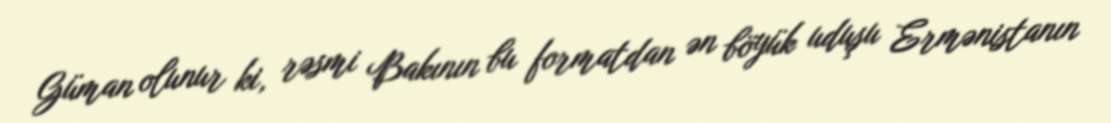
Güman olunur ki, rəsmi Bakının bu formatdan ən böyük uduşu Ermənistanın